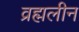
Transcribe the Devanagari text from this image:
व्रह्मलीन